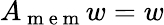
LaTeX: A_{\mathrm{~m~e~m~}}w=w